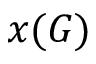
x ( G )